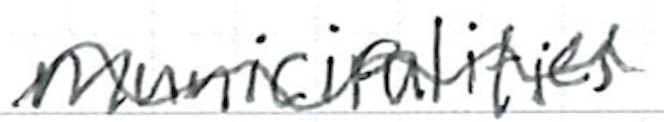
Text: municipalities
Cross-out: wave
Writing tool: ballpoint